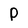
Character: P